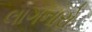
લાગનારો